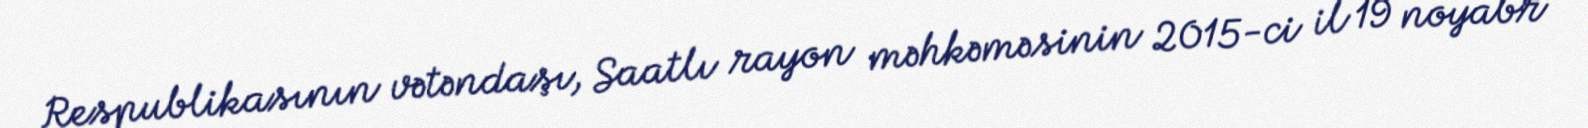
Respublikasının vətəndaşı, Saatlı rayon məhkəməsinin 2015-ci il 19 noyabr